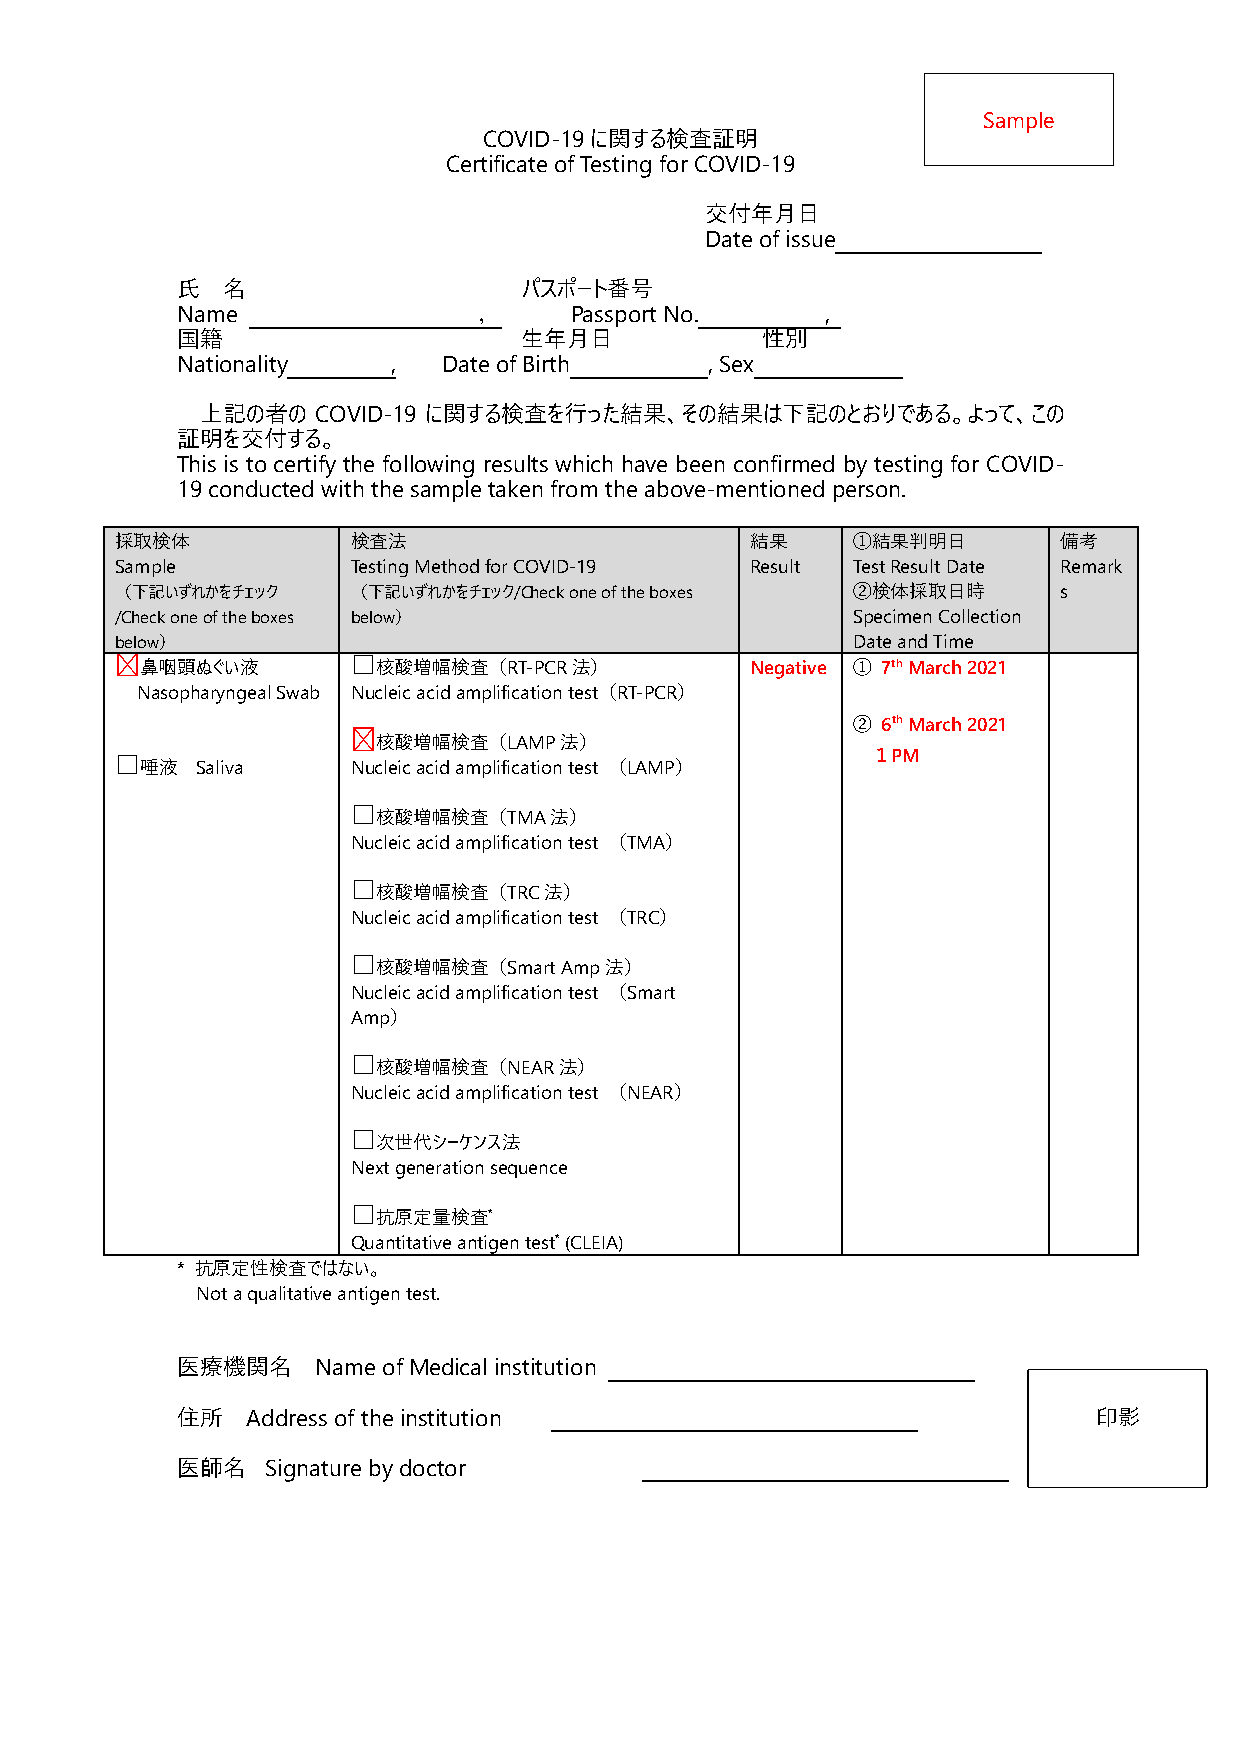
Sample
 COVID-19に関する検査証明
 Certificate of Testing for COVID-19
 交付年月日
 Date of issue
 氏  名                   パスポート番号
 Name                ，     Passport No.     ,
 国籍                     生年月日           性別
 Nationality   ,  Date of Birth     , Sex
 上記の者の   COVID-19 に関する検査を行った結果、その結果は下記のとおりである。よって、この
 証明を交付する。
 This is to certify the following results which have been confirmed by testing for COVID-
 19 conducted with the sample taken from the above-mentioned person.
 採取検体           検査法                        結果    ①結果判明日        備考
 Sample         Testing Method for COVID-19 Result Test Result Date Remark
 （下記いずれかをチェック   （下記いずれかをチェック/Check one of the boxes ②検体採取日時    s
 /Check one of the boxes below）                  Specimen Collection
 below）                                          Date and Time
 ☑鼻咽頭ぬぐい液       □核酸増幅検査（RT-PCR法）           Negative ① 7th March 2021
 Nasopharyngeal Swab Nucleic acid amplification test（RT-PCR）
 ② 6th March 2021
 ☑核酸増幅検査（LAMP法）
 １PM
 □唾液  Saliva    Nucleic acid amplification test （LAMP）
 □核酸増幅検査（TMA法）
 Nucleic acid amplification test （TMA）
 □核酸増幅検査（TRC法）
 Nucleic acid amplification test （TRC）
 □核酸増幅検査（Smart Amp法）
 Nucleic acid amplification test （Smart
 Amp）
 □核酸増幅検査（NEAR法）
 Nucleic acid amplification test （NEAR）
 □次世代シーケンス法
 Next generation sequence
 □抗原定量検査*
 Quantitative antigen test* (CLEIA)
 * 抗原定性検査ではない。
 Not a qualitative antigen test.
 医療機関名    Name of Medical institution
 住所  Address of the institution                               印影
 医師名   Signature by doctor
 An imprint of a
 seal